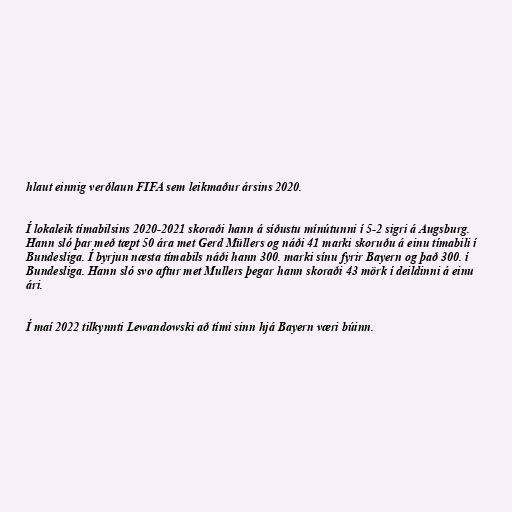
hlaut einnig verðlaun FIFA sem leikmaður ársins 2020.

Í lokaleik tímabilsins 2020-2021 skoraði hann á síðustu mínútunni í 5-2 sigri á Augsburg.
Hann sló þar með tæpt 50 ára met Gerd Müllers og náði 41 marki skoruðu á einu tímabili í
Bundesliga. Í byrjun næsta tímabils náði hann 300. marki sínu fyrir Bayern og það 300. í
Bundesliga. Hann sló svo aftur met Mullers þegar hann skoraði 43 mörk í deildinni á einu
ári.

Í maí 2022 tilkynnti Lewandowski að tími sinn hjá Bayern væri búinn.